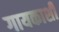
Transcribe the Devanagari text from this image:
गायकाशी